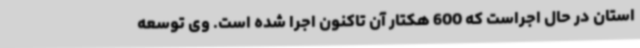
استان در حال اجراست که 600 هکتار آن تاکنون اجرا شده است. وی توسعه